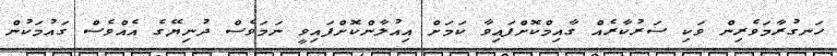
ހަނގުރާމަވެރިން ވަކި ސަރުކާރެއް ގާއިމްކޮށްފައިވާ ކަމަށް އިއުލާންކޮށްފައިވީ ނަމަވެސް ދުނިޔޭގެ އެއްވެސް ގައުމަކުން